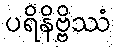
ပရိနိဗ္ဗိဿံ